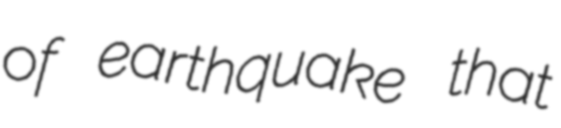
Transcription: of earthquake that